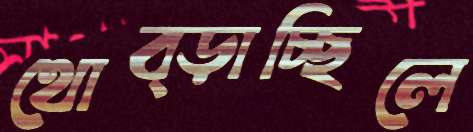
থোব্‌ড়াচ্ছিলে